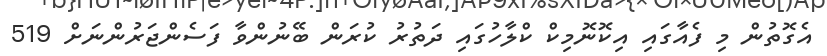
އެގޮތުން މި ފެއާގައި އިކޮނޮމިކް ކްލާހުގައި ދަތުރު ކުރަން ބޭނުންވާ ފަސެންޖަރުންނަށް 519